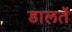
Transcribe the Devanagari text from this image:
डालतें